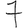
Digit: 7